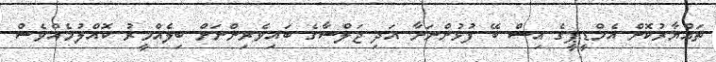
ތައްޔާރުކޮށް އެމްޑީޕީގެ އިސް ބޭ ފުޅުންނަށާ އަދި ޖަލްސާގެ ބައިވެރިންނަށް ބިލެއްމީރު ކޮއްލުމެއްވެސް